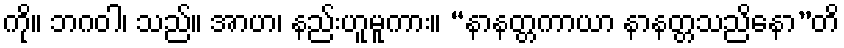
ကို။ ဘဂဝါ၊ သည်။ အာဟ၊ နည်းဟူမူကား။ “နာနတ္တကာယာ နာနတ္တသညိနော”တိ